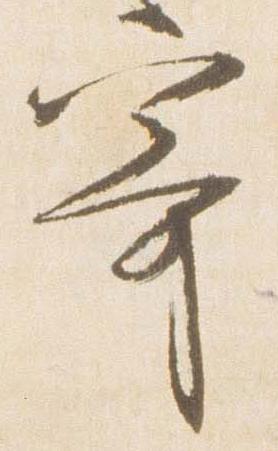
寄